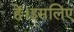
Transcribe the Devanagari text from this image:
हें।इसलिए